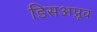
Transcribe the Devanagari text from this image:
डिसअप्रूव